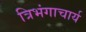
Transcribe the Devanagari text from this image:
त्रिभंगाचार्य